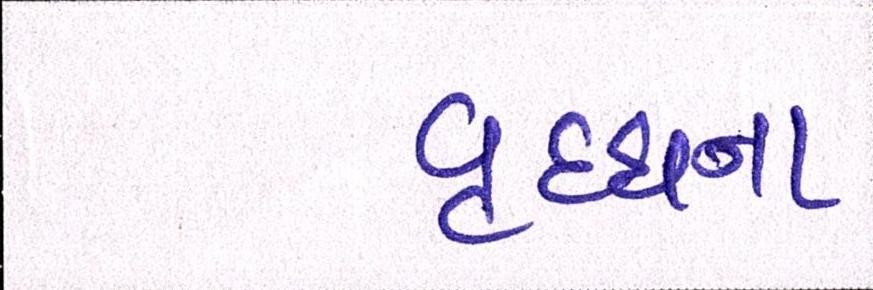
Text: વૃદ્ધાના